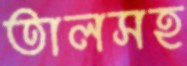
তালসহ